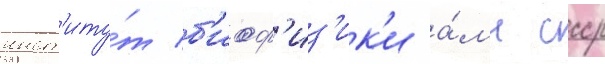
инст'иту́т б'иоф'из'ик'и а́мн ссср